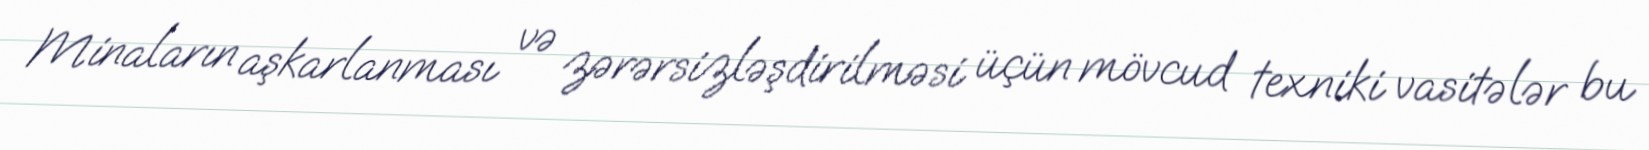
Minaların aşkarlanması və zərərsizləşdirilməsi üçün mövcud texniki vasitələr bu